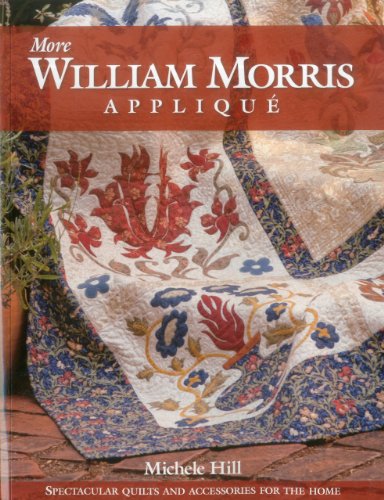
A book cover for More William Morris Applique: Spectacular Quilts & Accessories for the Home; Michele Hill; Crafts, Hobbies & Home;